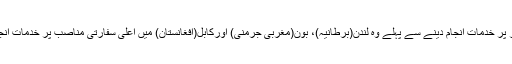
سفیر کے طور پر خدمات انجام دینے سے پہلے وہ لندن(برطانیہ)، بون(مغربی جرمنی) اورکابل(افغانستان) میں اعلیٰ سفارتی مناصب پر خدمات انجام دیتے رہے۔